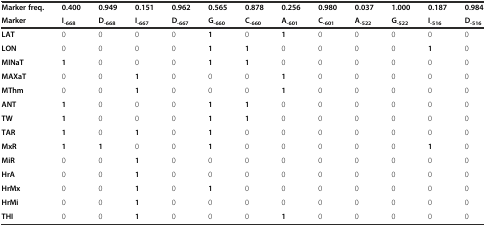
<table><thead><tr><td><b>Marker freq.</b></td><td><b>0.400</b></td><td><b>0.949</b></td><td><b>0.151</b></td><td><b>0.962</b></td><td><b>0.565</b></td><td><b>0.878</b></td><td><b>0.256</b></td><td><b>0.980</b></td><td><b>0.037</b></td><td><b>1.000</b></td><td><b>0.187</b></td><td><b>0.984</b></td></tr><tr><td><b>Marker</b></td><td><b>I<sub>-668</sub></b></td><td><b>D<sub>-668</sub></b></td><td><b>I<sub>-667</sub></b></td><td><b>D<sub>-667</sub></b></td><td><b>G<sub>-660</sub></b></td><td><b>C<sub>-660</sub></b></td><td><b>A<sub>-601</sub></b></td><td><b>C<sub>-601</sub></b></td><td><b>A<sub>-522</sub></b></td><td><b>G<sub>-522</sub></b></td><td><b>I<sub>-516</sub></b></td><td><b>D<sub>-516</sub></b></td></tr></thead><tbody><tr><td><b>LAT</b></td><td>0</td><td>0</td><td>0</td><td>0</td><td><b>1</b></td><td>0</td><td><b>1</b></td><td>0</td><td>0</td><td>0</td><td>0</td><td>0</td></tr><tr><td><b>LON</b></td><td>0</td><td>0</td><td>0</td><td>0</td><td><b>1</b></td><td><b>1</b></td><td>0</td><td>0</td><td>0</td><td>0</td><td><b>1</b></td><td>0</td></tr><tr><td><b>MINaT</b></td><td><b>1</b></td><td>0</td><td>0</td><td>0</td><td><b>1</b></td><td><b>1</b></td><td>0</td><td>0</td><td>0</td><td>0</td><td>0</td><td>0</td></tr><tr><td><b>MAXaT</b></td><td>0</td><td>0</td><td><b>1</b></td><td>0</td><td>0</td><td>0</td><td><b>1</b></td><td>0</td><td>0</td><td>0</td><td>0</td><td>0</td></tr><tr><td><b>MThm</b></td><td>0</td><td>0</td><td><b>1</b></td><td>0</td><td>0</td><td>0</td><td><b>1</b></td><td>0</td><td>0</td><td>0</td><td>0</td><td>0</td></tr><tr><td><b>ANT</b></td><td><b>1</b></td><td>0</td><td>0</td><td>0</td><td><b>1</b></td><td><b>1</b></td><td>0</td><td>0</td><td>0</td><td>0</td><td>0</td><td>0</td></tr><tr><td><b>TW</b></td><td><b>1</b></td><td>0</td><td>0</td><td>0</td><td><b>1</b></td><td><b>1</b></td><td>0</td><td>0</td><td>0</td><td>0</td><td>0</td><td>0</td></tr><tr><td><b>TAR</b></td><td><b>1</b></td><td>0</td><td><b>1</b></td><td>0</td><td><b>1</b></td><td>0</td><td>0</td><td>0</td><td>0</td><td>0</td><td>0</td><td>0</td></tr><tr><td><b>MxR</b></td><td><b>1</b></td><td><b>1</b></td><td>0</td><td>0</td><td><b>1</b></td><td>0</td><td>0</td><td>0</td><td>0</td><td>0</td><td><b>1</b></td><td>0</td></tr><tr><td><b>MiR</b></td><td>0</td><td>0</td><td><b>1</b></td><td>0</td><td>0</td><td>0</td><td>0</td><td>0</td><td>0</td><td>0</td><td>0</td><td>0</td></tr><tr><td><b>HrA</b></td><td>0</td><td>0</td><td><b>1</b></td><td>0</td><td>0</td><td>0</td><td>0</td><td>0</td><td>0</td><td>0</td><td>0</td><td>0</td></tr><tr><td><b>HrMx</b></td><td>0</td><td>0</td><td><b>1</b></td><td>0</td><td><b>1</b></td><td>0</td><td>0</td><td>0</td><td>0</td><td>0</td><td>0</td><td>0</td></tr><tr><td><b>HrMi</b></td><td>0</td><td>0</td><td><b>1</b></td><td>0</td><td>0</td><td>0</td><td>0</td><td>0</td><td>0</td><td>0</td><td>0</td><td>0</td></tr><tr><td><b>THI</b></td><td>0</td><td>0</td><td><b>1</b></td><td>0</td><td>0</td><td>0</td><td><b>1</b></td><td>0</td><td>0</td><td>0</td><td>0</td><td>0</td></tr></tbody></table>